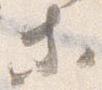
等